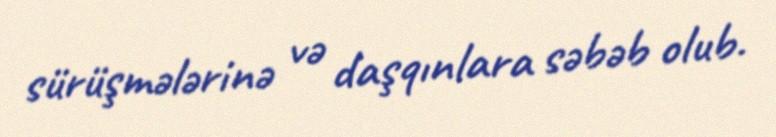
sürüşmələrinə və daşqınlara səbəb olub.